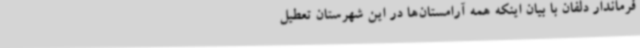
فرماندار دلفان با بیان اینکه همه آرامستان‌ها در این شهرستان تعطیل